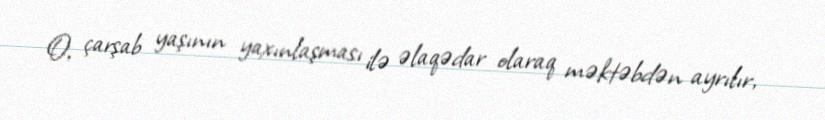
O, çarşab yaşının yaxınlaşması ilə əlaqədar olaraq məktəbdən ayrılır,